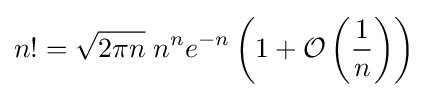
n!={\sqrt {2\pi n}}\;n^{n}e^{-n}\left(1+{\mathcal {O}}\left({\frac {1}{n}}\right)\right)